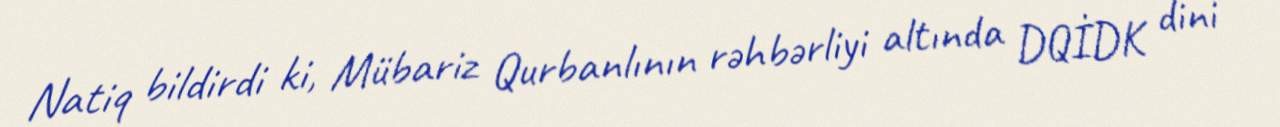
Natiq bildirdi ki, Mübariz Qurbanlının rəhbərliyi altında DQİDK dini